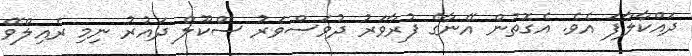
ދައްކާލާފަ އެވެ. އެގޮތުން އޭނާގެ ފުރާވަރު ދުވަސްވަރު ސްކޫލް ދައުރު ނިމި ރެއިލްވޭ